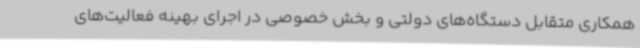
همکاری متقابل دستگاه‌های دولتی و بخش خصوصی در اجرای بهینه فعالیت‌های